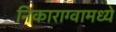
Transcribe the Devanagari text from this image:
निकाराग्वामध्ये